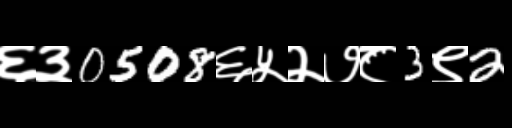
Text: ६३0508६५२७८3९2